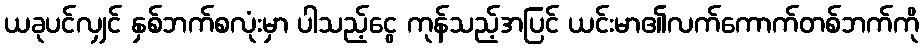
ယခုပင်လျှင် နှစ်ဘက်စလုံးမှာ ပါသည့်ငွေ ကုန်သည့်အပြင် ယင်းမာ၏လက်ကောက်တစ်ဘက်ကို